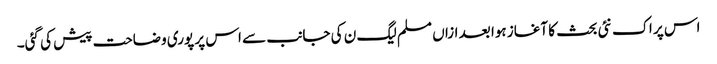
اس پر اک نئی بحث کا آغاز ہوا بعد ازاں مسلم لیگ ن کی جانب سے اس پر پوری وضاحت پیش کی گئی۔